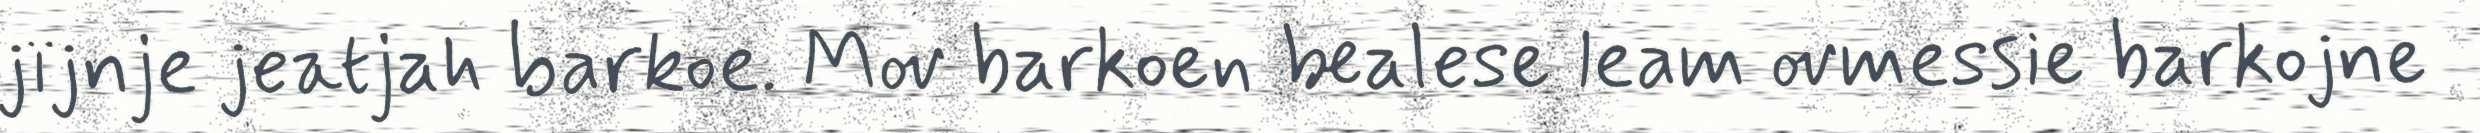
jïjnje jeatjah barkoe. Mov barkoen bealese leam ovmessie barkojne